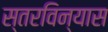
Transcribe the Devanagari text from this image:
स्तरविन्यास